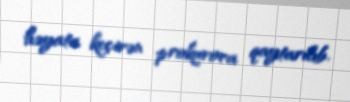
həyata keçirən prokurora qaytarılıb.